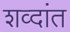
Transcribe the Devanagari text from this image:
शव्दांत